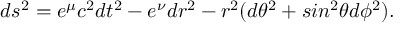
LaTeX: d s ^ { 2 } = e ^ { \mu } c ^ { 2 } d t ^ { 2 } - e ^ { \nu } d r ^ { 2 } - r ^ { 2 } ( d \theta ^ { 2 } + s i n ^ { 2 } \theta d \phi ^ { 2 } ) .